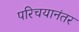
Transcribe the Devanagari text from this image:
परिचयानंतर